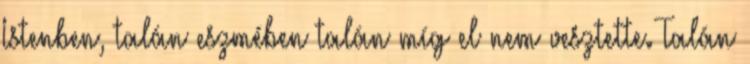
Istenben, talán eszmében talán míg el nem vesztette. Talán